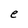
Character: e